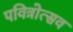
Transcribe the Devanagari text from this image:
पवित्रोत्सव